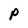
Character: P